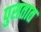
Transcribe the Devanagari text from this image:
पुसतात